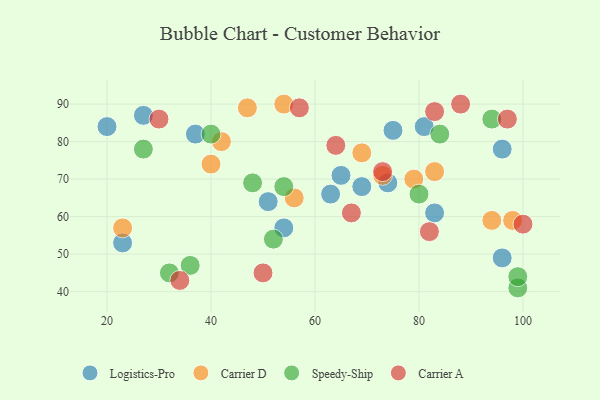
{"axis": {"x": "GDP", "y": "Life Expectancy"}, "legend": ["Carrier A", "Carrier D", "Logistics-Pro", "Speedy-Ship"], "data": [{"x": "54", "y": 57, "type": "Logistics-Pro"}, {"x": "81", "y": 84, "type": "Logistics-Pro"}, {"x": "63", "y": 66, "type": "Logistics-Pro"}, {"x": "65", "y": 71, "type": "Logistics-Pro"}, {"x": "20", "y": 84, "type": "Logistics-Pro"}, {"x": "27", "y": 87, "type": "Logistics-Pro"}, {"x": "96", "y": 49, "type": "Logistics-Pro"}, {"x": "75", "y": 83, "type": "Logistics-Pro"}, {"x": "23", "y": 53, "type": "Logistics-Pro"}, {"x": "69", "y": 68, "type": "Logistics-Pro"}, {"x": "37", "y": 82, "type": "Logistics-Pro"}, {"x": "51", "y": 64, "type": "Logistics-Pro"}, {"x": "96", "y": 78, "type": "Logistics-Pro"}, {"x": "83", "y": 61, "type": "Logistics-Pro"}, {"x": "74", "y": 69, "type": "Logistics-Pro"}, {"x": "79", "y": 70, "type": "Carrier D"}, {"x": "56", "y": 65, "type": "Carrier D"}, {"x": "73", "y": 71, "type": "Carrier D"}, {"x": "94", "y": 59, "type": "Carrier D"}, {"x": "98", "y": 59, "type": "Carrier D"}, {"x": "40", "y": 74, "type": "Carrier D"}, {"x": "69", "y": 77, "type": "Carrier D"}, {"x": "83", "y": 72, "type": "Carrier D"}, {"x": "23", "y": 57, "type": "Carrier D"}, {"x": "54", "y": 90, "type": "Carrier D"}, {"x": "47", "y": 89, "type": "Carrier D"}, {"x": "42", "y": 80, "type": "Carrier D"}, {"x": "40", "y": 82, "type": "Speedy-Ship"}, {"x": "94", "y": 86, "type": "Speedy-Ship"}, {"x": "80", "y": 66, "type": "Speedy-Ship"}, {"x": "99", "y": 41, "type": "Speedy-Ship"}, {"x": "36", "y": 47, "type": "Speedy-Ship"}, {"x": "52", "y": 54, "type": "Speedy-Ship"}, {"x": "27", "y": 78, "type": "Speedy-Ship"}, {"x": "99", "y": 44, "type": "Speedy-Ship"}, {"x": "48", "y": 69, "type": "Speedy-Ship"}, {"x": "54", "y": 68, "type": "Speedy-Ship"}, {"x": "32", "y": 45, "type": "Speedy-Ship"}, {"x": "84", "y": 82, "type": "Speedy-Ship"}, {"x": "83", "y": 88, "type": "Carrier A"}, {"x": "82", "y": 56, "type": "Carrier A"}, {"x": "30", "y": 86, "type": "Carrier A"}, {"x": "88", "y": 90, "type": "Carrier A"}, {"x": "50", "y": 45, "type": "Carrier A"}, {"x": "67", "y": 61, "type": "Carrier A"}, {"x": "34", "y": 43, "type": "Carrier A"}, {"x": "97", "y": 86, "type": "Carrier A"}, {"x": "100", "y": 58, "type": "Carrier A"}, {"x": "57", "y": 89, "type": "Carrier A"}, {"x": "73", "y": 72, "type": "Carrier A"}, {"x": "64", "y": 79, "type": "Carrier A"}]}